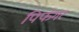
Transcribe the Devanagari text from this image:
पिफंगर